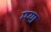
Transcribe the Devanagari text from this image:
म्प्या